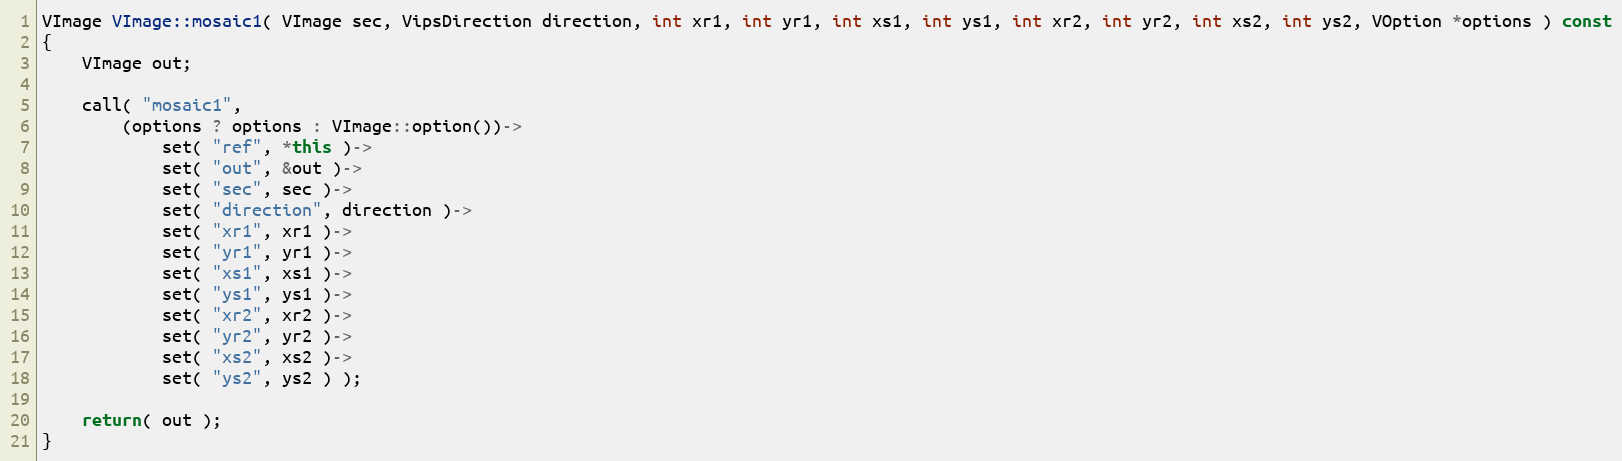
Language: C++
VImage VImage::mosaic1( VImage sec, VipsDirection direction, int xr1, int yr1, int xs1, int ys1, int xr2, int yr2, int xs2, int ys2, VOption *options ) const
{
    VImage out;

    call( "mosaic1",
        (options ? options : VImage::option())->
            set( "ref", *this )->
            set( "out", &out )->
            set( "sec", sec )->
            set( "direction", direction )->
            set( "xr1", xr1 )->
            set( "yr1", yr1 )->
            set( "xs1", xs1 )->
            set( "ys1", ys1 )->
            set( "xr2", xr2 )->
            set( "yr2", yr2 )->
            set( "xs2", xs2 )->
            set( "ys2", ys2 ) );

    return( out );
}